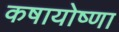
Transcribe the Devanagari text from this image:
कषायोष्णा